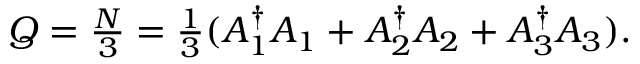
\begin{array} { r } { Q = \frac { N } { 3 } = \frac { 1 } { 3 } ( A _ { 1 } ^ { \dagger } A _ { 1 } + A _ { 2 } ^ { \dagger } A _ { 2 } + A _ { 3 } ^ { \dagger } A _ { 3 } ) . } \end{array}